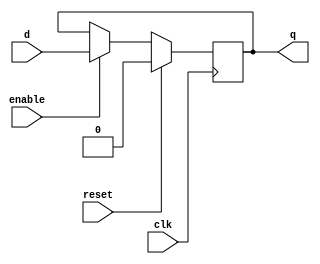
module d_flip_flop (
    input wire clk,
    input wire reset,
    input wire enable,
    input wire d,
    output reg q
);

// D flip-flop behavior
always @(posedge clk) begin
    if (reset) begin
        q <= 1'b0;
    end else begin
        if (enable) begin
            q <= d;
        end
    end
end

endmodule